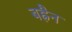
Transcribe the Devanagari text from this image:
बह्रैन